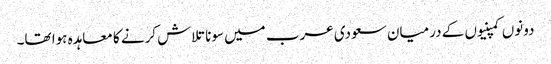
دونوں کمپنیوں کے درمیان سعودی عرب میں سونا تلاش کرنے کا معاہدہ ہوا تھا۔